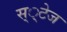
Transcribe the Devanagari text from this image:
स््टेज